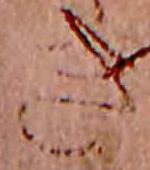
き